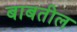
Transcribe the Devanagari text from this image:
बाबतील